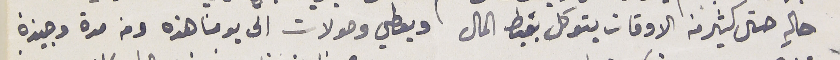
حالهِ حتى كثير من الاوقات يتوكل بقبض المال ويعطي وصولات الى يومنا هذه ومن مدة وجيزة